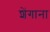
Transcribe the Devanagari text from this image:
शेंगाना